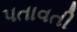
પતાવતી